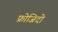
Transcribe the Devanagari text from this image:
फ्रोजिदो